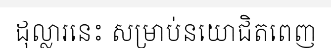
ដុល្លារនេះ សម្រាប់នយោជិតពេញ